Civil Veterinary Dept. Assam report 1927-50 - 1927-1950
Year: 1927
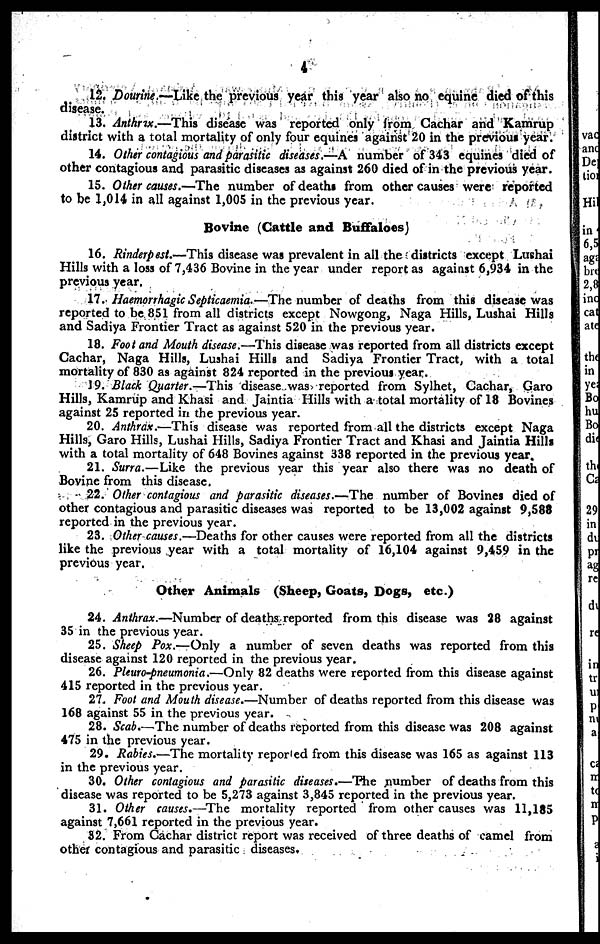
4
12. Dourine.—Like the previous year this year also no equine died of this
disease.
13. Anthrax.—This disease was reported only from Cachar and Kamrup
district with a total mortality of only four equines against 20 in the previous year.
14. Other contagious and parasitic diseases.—A number of 343 equines died of
other contagious and parasitic diseases as against 260 died of in the previous year.
15. Other causes.—The number of deaths from other causes were reported
to be 1,014 in all against 1,005 in the previous year.
Bovine (Cattle and Buffaloes)
16. Rinderpest.—This disease was prevalent in all the districts except Lushai
Hills with a loss of 7,436 Bovine in the year under report as against 6,934 in the
previous year.
17. Haemorrhagic Septicaemia.—The number of deaths from this disease was
reported to be 851 from all districts except Nowgong, Naga Hills, Lushai Hills
and Sadiya Frontier Tract as against 520 in the previous year.
18. Foot and Mouth disease.—This disease was reported from all districts except
Cachar, Naga Hills, Lushai Hills and Sadiya Frontier Tract, with a total
mortality of 830 as against 824 reported in the previous year.
19. Black Quarter.—This disease was reported from Sylhet, Cachar, Garo
Hills, Kamrup and Khasi and Jaintia Hills with a total mortality of 18 Bovines
against 25 reported in the previous year.
20. Anthrax.—This disease was reported from all the districts except Naga
Hills, Garo Hills, Lushai Hills, Sadiya Frontier Tract and Khasi and Jaintia Hills
with a total mortality of 648 Bovines against 338 reported in the previous year.
21. Surra.—Like the previous year this year also there was no death of
Bovine from this disease.
22. Other contagious and parasitic diseases.—The number of Bovines died of
other contagious and parasitic diseases was reported to be 13,002 against 9,588
reported in the previous year.
23. Other causes.—Deaths for other causes were reported from all the districts
like the previous year with a total mortality of 16,104 against 9,459 in the
previous year.
Other Animals (Sheep, Goats, Dogs, etc.)
24. Anthrax.—Number of deaths reported from this disease was 28 against
35 in the previous year.
25. Sheep Pox.—Only a number of seven deaths was reported from this
disease against 120 reported in the previous year.
26. Pleuro-pneumonia.—Only 82 deaths were reported from this disease against
415 reported in the previous year.
27. Foot and Mouth disease.—Number of deaths reported from this disease was
168 against 55 in the previous year.
28. Scab.—The number of deaths reported from this disease was 208 against
475 in the previous year.
29. Rabies.—The mortality reported from this disease was 165 as against 113
in the previous year.
30. Other contagious and parasitic diseases.—The number of deaths from this
disease was reported to be 5,273 against 3,845 reported in the previous year.
31. Other causes.—The mortality reported from other causes was 11,185
against 7,661 reported in the previous year.
32. From Cachar district report was received of three deaths of camel from
other contagious and parasitic diseases.